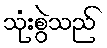
သုံးစွဲသည်